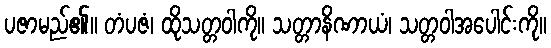
ပဇာမည်၏။ တံပဇံ၊ ထိုသတ္တဝါကို။ သတ္တာနိဏာယံ၊ သတ္တဝါအပေါင်းကို။